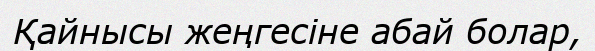
Қайнысы жеңгесіне абай болар,